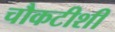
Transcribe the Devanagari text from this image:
चौकटीशी